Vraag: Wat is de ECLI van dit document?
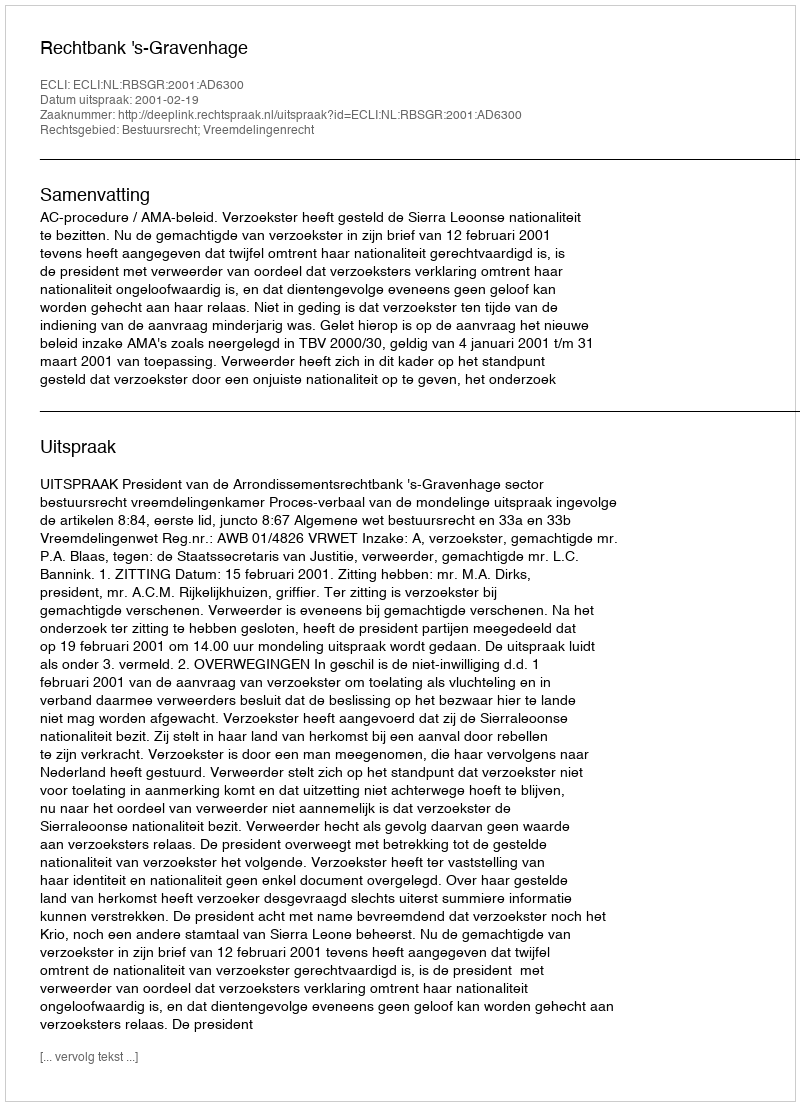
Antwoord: ECLI:NL:RBSGR:2001:AD6300